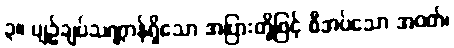
၃။ ပျဉ်ချပ်သဏ္ဌာန်ရှိသော အပြားတို့ဖြင့် စီအပ်သော အဝတ်၊